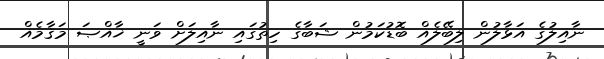
ނާއިލުގެ އަޅާލުން ލިބޭލެއް ބޮޑުކަމުން ޝަބާގެ ހިތުގައި ނާއިލަށް ވަނީ ޚާއްޞަ މަޤާމެއް